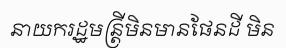
នាយករដ្ឋមន្ត្រីមិនមានផែនដី មិន